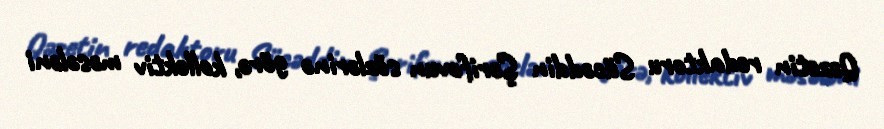
Qəzetin redaktoru Sücəddin Şərifovun sözlərinə görə, kollektiv məsələni